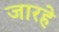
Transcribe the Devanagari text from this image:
जारहे